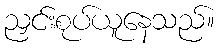
ညှင်းစုပ်ယူနေသည်။